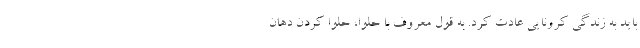
باید به زندگی کرونایی عادت کرد. به قول معروف با حلوا، حلوا کردن دهان